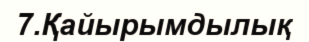
7.Қайырымдылық